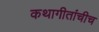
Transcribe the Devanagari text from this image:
कथागीतांचीच